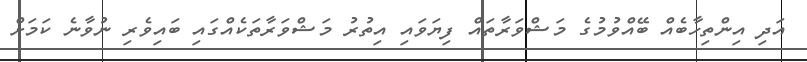
އަދި އިންތިހާބެއް ބޭއްވުމުގެ މަޝްވަރާތައް ފިޔަވައި އިތުރު މަޝްވަރާތަކެއްގައި ބައިވެރި ނުވާނެ ކަމަށް